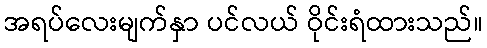
အရပ်လေးမျက်နှာ ပင်လယ် ဝိုင်းရံထားသည်။